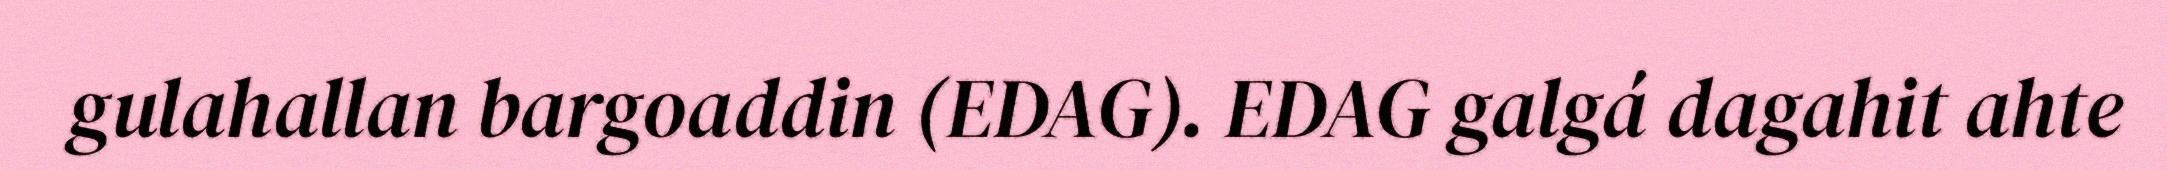
gulahallan bargoaddin (EDAG). EDAG galgá dagahit ahte